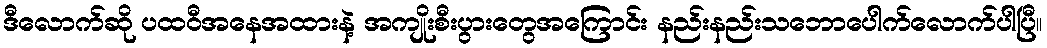
ဒီလောက်ဆို ပထဝီအနေအထားနဲ့ အကျိုးစီးပွားတွေအကြောင်း နည်းနည်းသဘောပေါက်လောက်ပါပြီ။